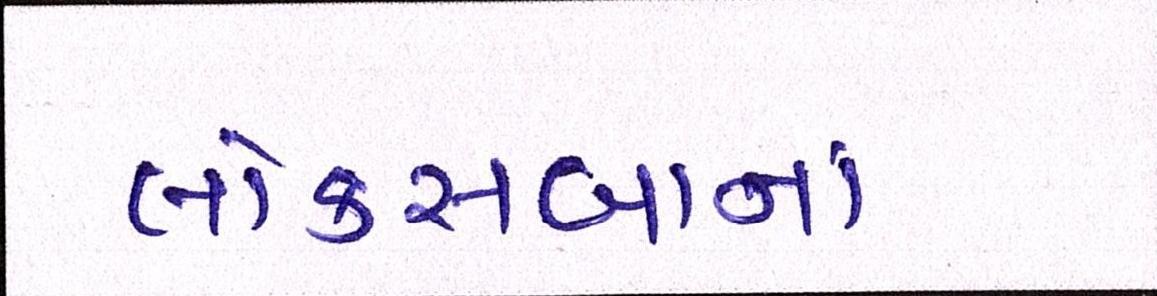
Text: લોકસબાનાં